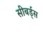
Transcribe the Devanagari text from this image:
सीबर्ड्स